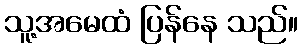
သူ့အမေထံ ပြန်နေ သည်။